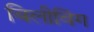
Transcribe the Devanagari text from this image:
बिलीविंग